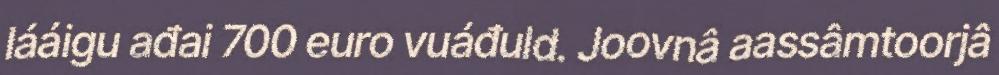
lááigu ađai 700 euro vuáđuld. Joovnâ aassâmtoorjâ